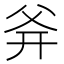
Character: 𤕑